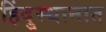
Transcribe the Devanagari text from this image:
हिंदु्स्थानात